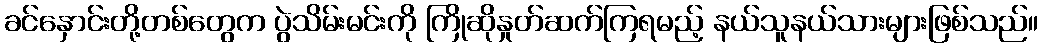
ခင်နှောင်းတို့တစ်တွေက ပွဲသိမ်းမင်းကို ကြိုဆိုနှုတ်ဆက်ကြရမည့် နယ်သူနယ်သားများဖြစ်သည်။